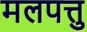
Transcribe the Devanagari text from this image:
मलपत्तु